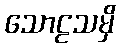
သောဠသမှိ